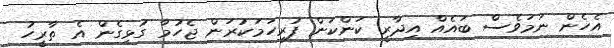
އެހެން ނަމަވެސް ބައެއް އިދާރީ ކަންކަން ފުރިހަމަކުރަން ޖެހުމާ ގުޅިގެން އެ ތާރީހު